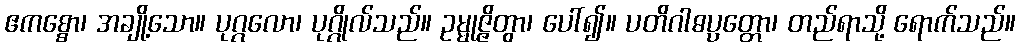
ဧကစ္စော၊ အချို့သော။ ပုဂ္ဂလော၊ ပုဂ္ဂိုလ်သည်။ ဥမ္မုဇ္ဇိတွာ၊ ပေါ်၍။ ပတိဂါဓပ္ပတ္တော၊ တည်ရာသို့ ရောက်သည်။